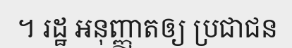
។ រដ្ឋ អនុញ្ញាតឲ្យ ប្រជាជន